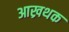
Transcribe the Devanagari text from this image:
आख्रथक